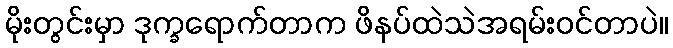
မိုးတွင်းမှာ ဒုက္ခရောက်တာက ဖိနပ်ထဲသဲအရမ်းဝင်တာပဲ။